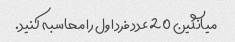
میانگین 20 عدد فرد اول را محاسبه کنید.